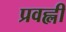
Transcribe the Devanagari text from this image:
प्रवह्ली